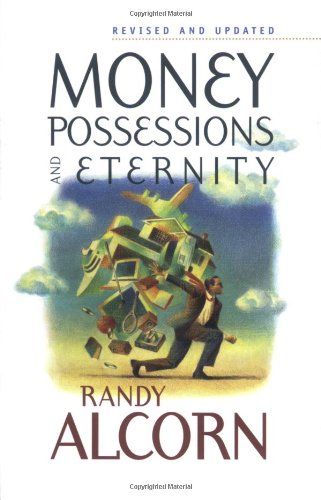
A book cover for Money, Possessions, and Eternity; Randy Alcorn; Christian Books & Bibles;